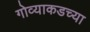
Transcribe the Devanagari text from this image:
गोव्याकडच्या